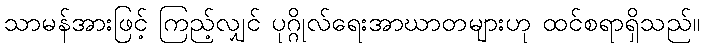
သာမန်အားဖြင့် ကြည့်လျှင် ပုဂ္ဂိုလ်ရေးအာဃာတများဟု ထင်စရာရှိသည်။